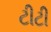
ટીટી